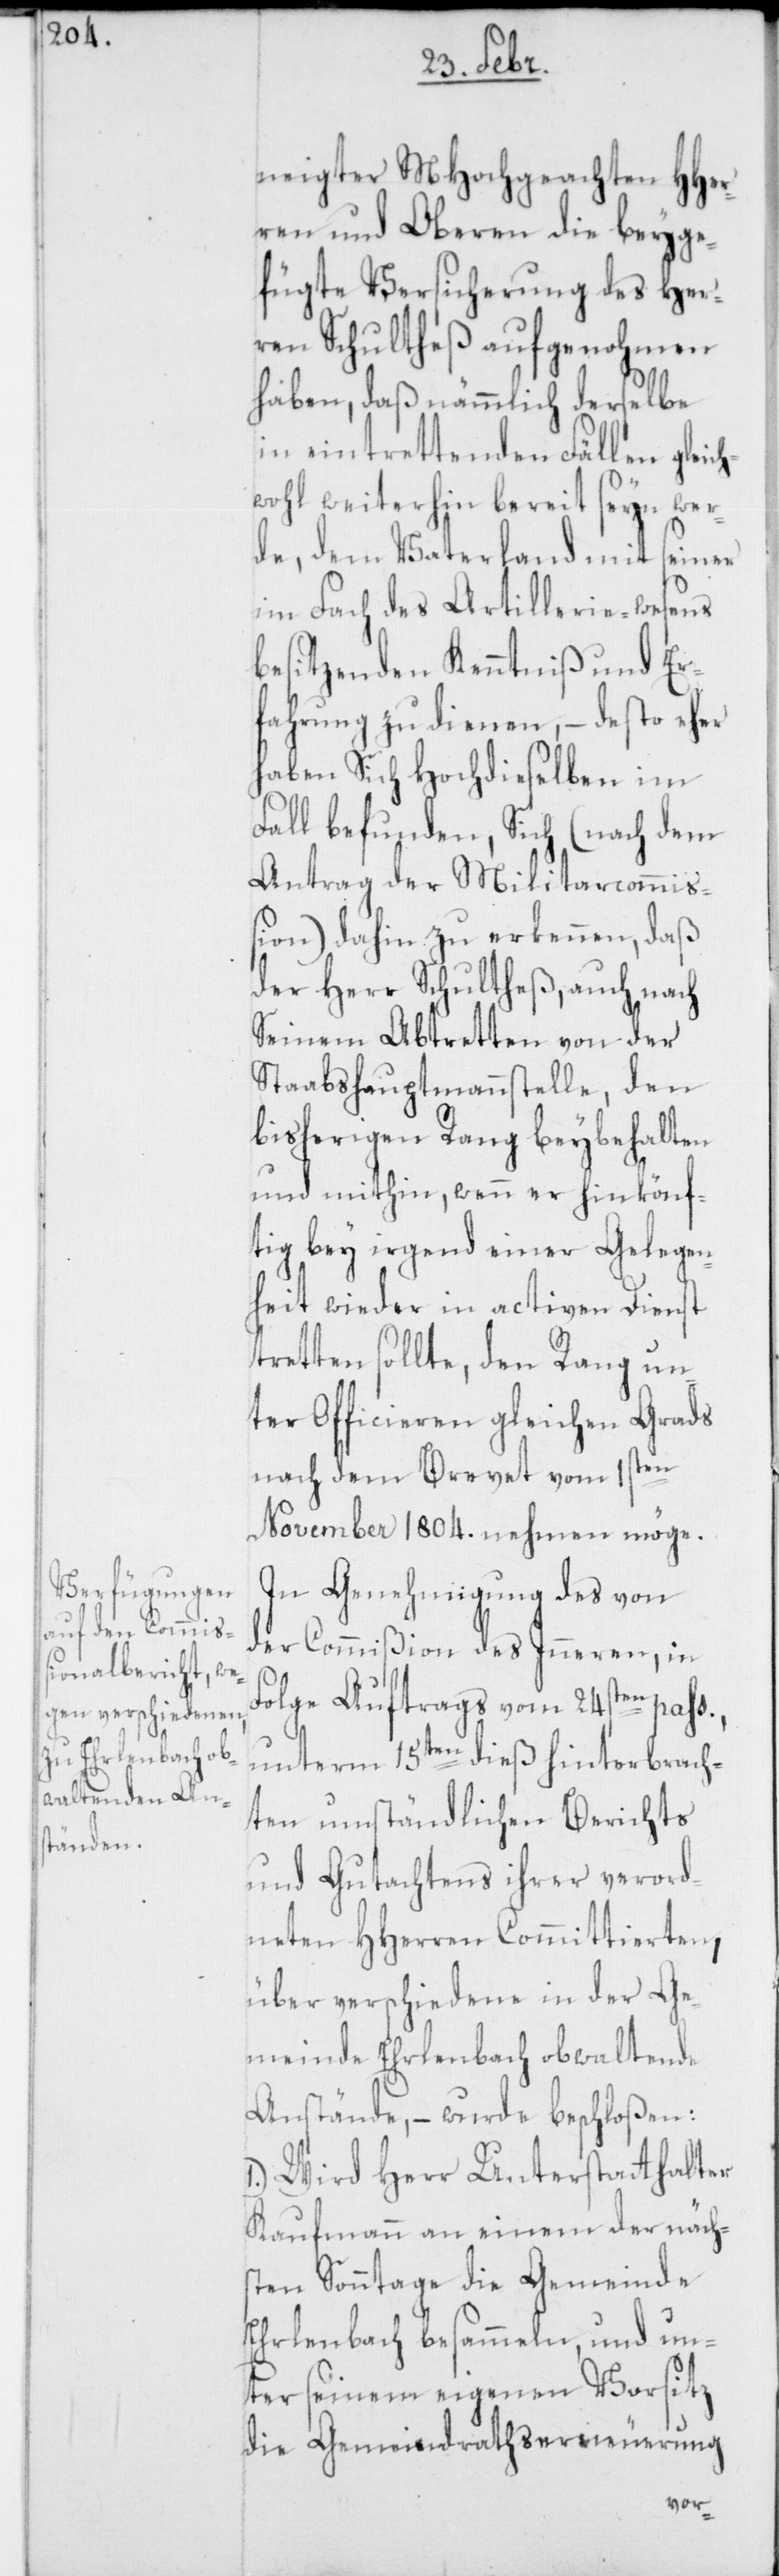
neigter MHochgeachten HHer¬
ren und Oberen die beyge¬
fügte Versicherung des Her¬
ren Schultheß aufgenohmen
haben, daß nämmlich derselbe
in eintrettenden Fällen gleic¬
hwohl weiterhin bereit seyn wer¬
de, dem Vaterland mit seiner
im Fach des Artillerie-wesens
besitzenden Kenntniß und Er¬
fahrung zu dienen, – desto eher
haben Sich Hochdieselben im
Fall befunden, Sich (nach dem
Antrag der Militarcommiß¬
ion) dahin zu erkennen, daß
der Herr Schultheß, auch nach
seinem Abtretten von der
Stabshauptmannstelle, den
bisherigen Rang beybehalten
und mithin, wenn er hinkönf¬
tig bey irgend einer Gelegen¬
heit wieder in activen Dienst
tretten sollte, den Rang un¬
ter Officieren gleichen Grads
nach dem Brevet vom 1sten
November 1804. nehmen möge.
In Genehmigung des von
der Commißion des Inneren, in
Folge Auftrags vom 24sten paß.,
unterm 15ten dieß hinterbrach¬
ten umständlichen Berichts
und Gutachtens ihrer verord¬
neten HHerren Committierten,
über verschiedene in der Ge¬
meinde Ehrlenbach obwaltende
Anstände, – wurde beschloßen:
1.) Wird Herr Unterstatthalter
Kaufmann an einem der näch¬
sten Sonntage die Gemeinde
Ehrlenbach besammeln, und un¬
ter seinem eigenen Vorsitz
die Gemeindrathserneuerung